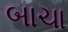
બાચા